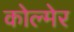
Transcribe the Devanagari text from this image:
कोल्मेर